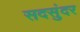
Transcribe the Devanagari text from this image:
सदसुंदर